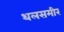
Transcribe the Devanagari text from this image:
थलसमीर